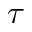
\tau